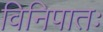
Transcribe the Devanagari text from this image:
विनिपातः